King Institute of Preventive Medicine Micro-Biological Section reports 1912-19
Year: 1912
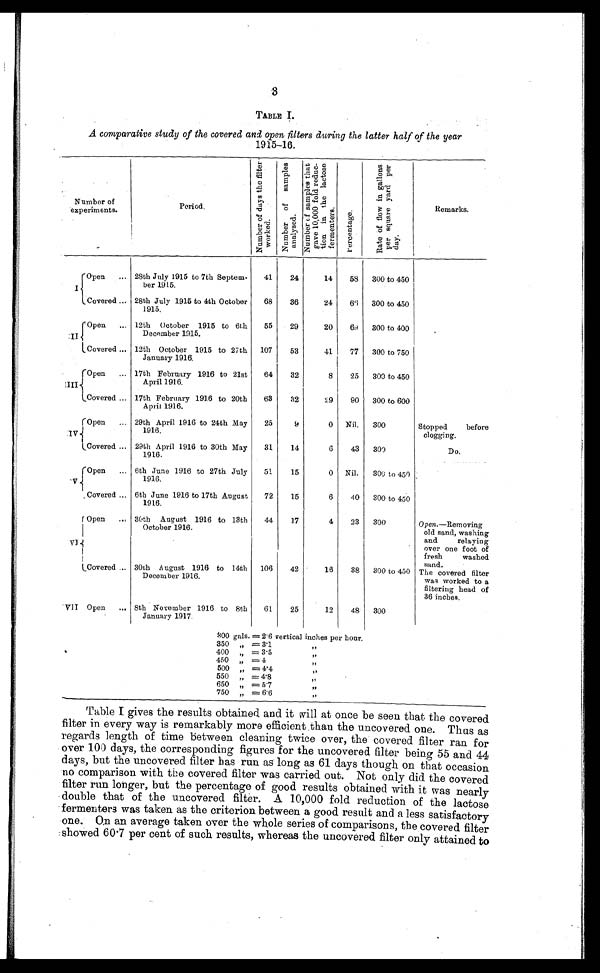
3
TABLE I.
A comparative study of the covered and open filters during the latter half of the year
1915-16.
Number
of experiments.
P e r i o d .
N u m b e r o f d a y s t h e f i l t e r w o r k e d .
N u m b e r o f s a m p l e s a n a l y s e d .
N u m b e r o f s a m p l e s t h a t g a v e 1 0 , 0 0 0 f o l d r e d u c - t i o n i n t h e l a c t o s e f e r m e n t e r s .
P e r c e n t a g e .
R a t e o f f l o w i n g a l l o n s p e r s q u a r e y a r d p e r d a y .
Remarks.
I
Open
... 28th July 1915 to 7th Septem-
ber 1915.
41
24
14
58
300 to 450
Covered ... 28th July 1915 to 4th October
1915.
68
36
24
69
300 to 450
II
Open
... 12th October 1915 to 6th
December 1915.
55
29
20 69
300 to 400
Covered ... 12th October 1915 to 27th
January 1916.
107
53
41
77
300 to 750
III
Open
... 17th February 1916 to 21st
April 1916.
64
32
8
25
300 to 450
Covered ... 17th February 1916 to 20th
April 1916.
63
32
29
90
300 to 600
IV
Open
... 29th April 1916 to 24th May
1916.
25
9
0 Nil.
300
Stopped
before
clogging.
Covered ... 29th April 1916 to 30th May
1916.
31
14
6
43
300
D o .
V
Open
... 6th June 1916 to 27th July
1916.
51
15
0 Nil.
300 to 450
Covered
6th June 1916 to 17th August
1916.
72
15
6
40
300 to 450
VI
Open
...
30th August 1916 to 13th
October 1916.
44
17
4
23
300
Open.—Removing
old sand, washing
and
relaying
over one foot of
fresh
washed
sand.
Covered ... 30th August 1916 to 14th
December 1916.
106
42
16
38
300 to 450 The covered filter
was worked to a
filtering head of
36 inches.
VII Open
... 8th November 1916 to 8th
January 1917.
61
25
12
48
300
8 0 0 g a l s . = 2 . 6 v e r t i c a l i n c h e s p e r h o u r .
350 " = 3.1
"
400 "= 3.5 "
450 " =4 "
500 " = 4.4
"
550 " = 4.8
"
650 " = 5.7
"
750 " = 6.6
"
Table I gives the results obtained and it will at once be seen that the covered
filter in every way is remarkably more efficient than the uncovered one. Thus as
regards length of time between cleaning twice over, the covered filter ran for
over 100 days, the corresponding figures for the uncovered filter being 55 and 44
days, but the uncovered filter has run as long as 61 days though on that occasion
no comparison with the covered filter was carried out. Not only did the covered
filter run longer, but the percentage of good results obtained with it was nearly
double that of the uncovered filter. A 10,000 fold reduction of the lactose
fermenters was taken as the criterion between a good result and a less satisfactory
one. On an average taken over the whole series of comparisons, the covered filter
showed 60.7 per cent of such results, whereas the uncovered filter only attained to